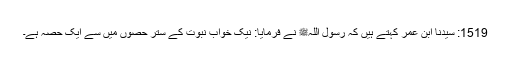
1519: سیدنا ابن عمرؓ کہتے ہیں کہ رسول اللہﷺ نے فرمایا: نیک خواب نبوت کے ستر حصوں میں سے ایک حصہ ہے۔